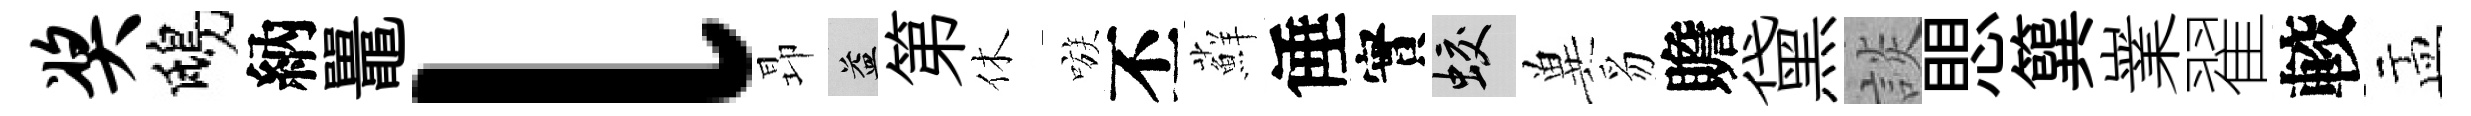
奖鴟納鼉l昻益第休嗾丕蘚倕實蛟兾豸贍黛談愳簨嶪翟較盂